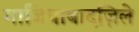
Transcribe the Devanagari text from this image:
गाजियाबादज़िले